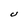
Character: U